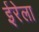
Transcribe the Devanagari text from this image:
ईरेला